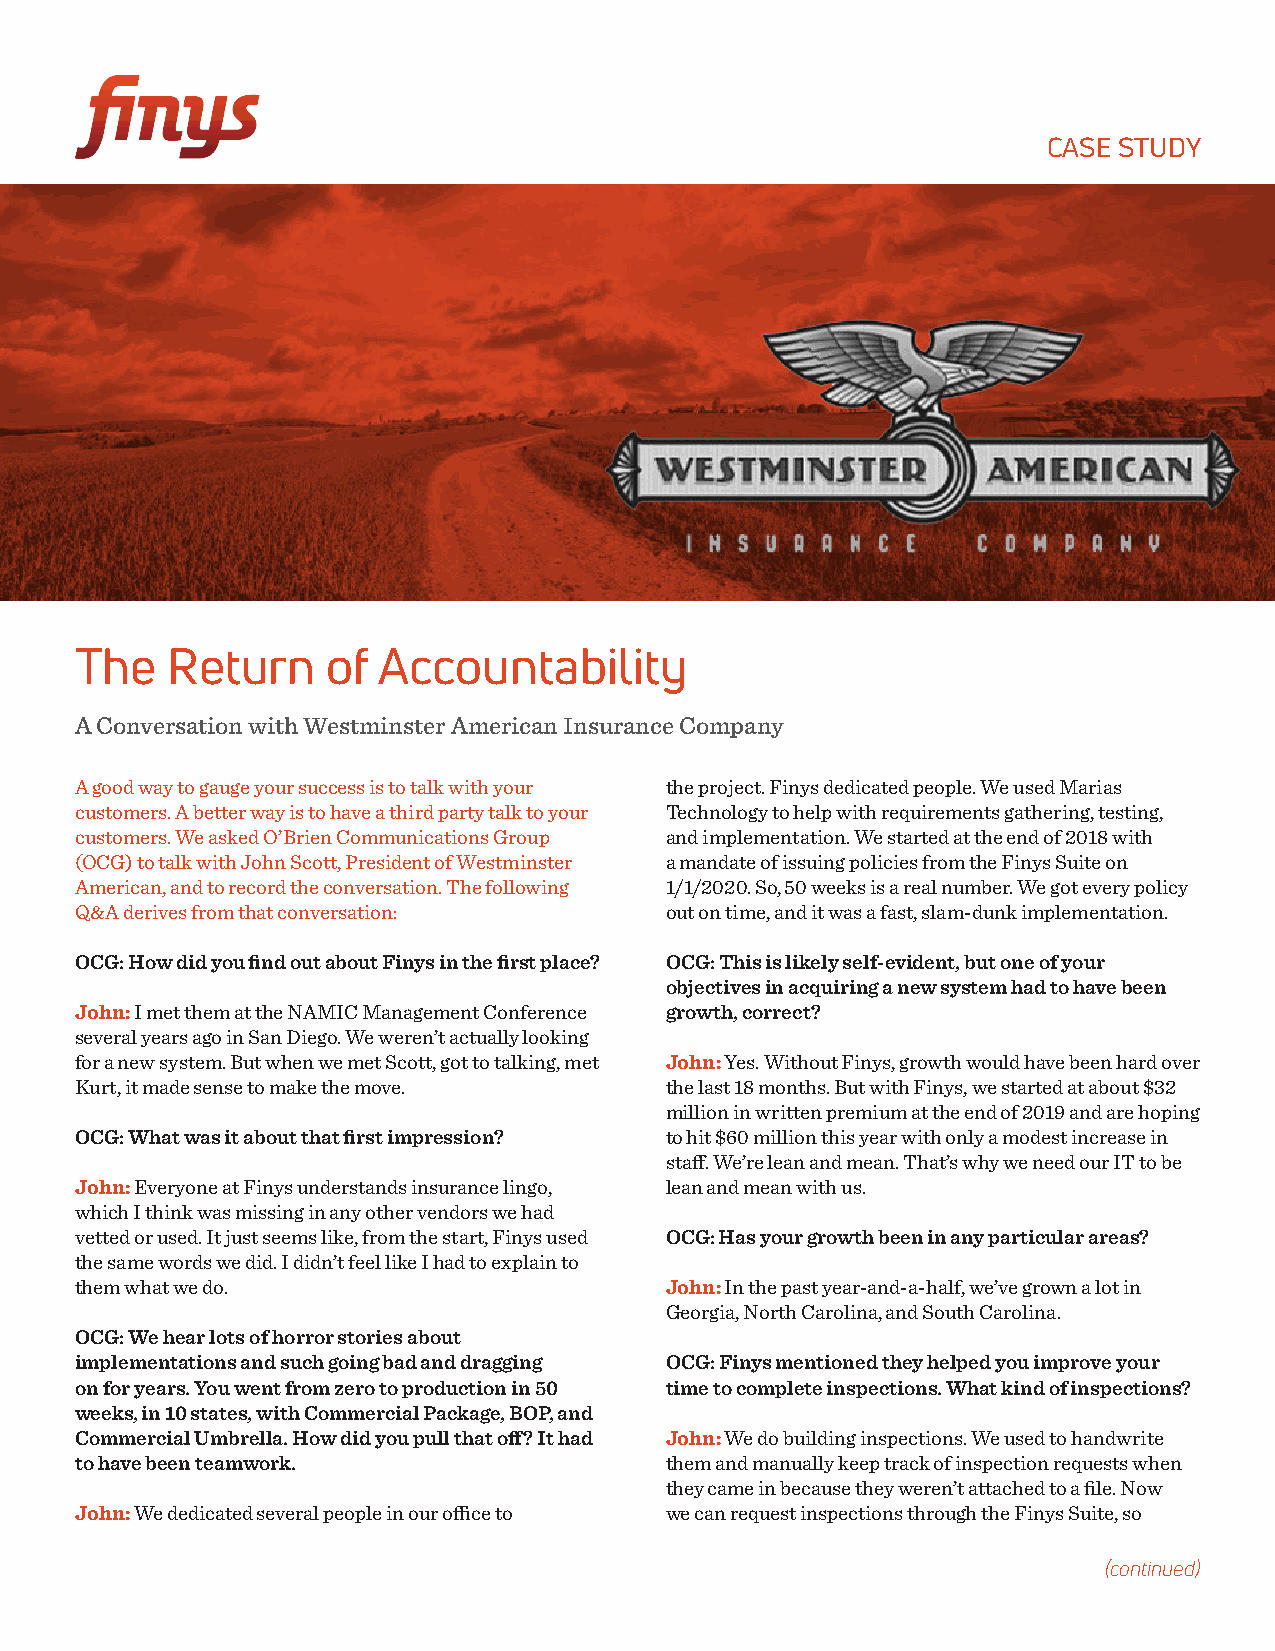
CASE STUDY
 The   Return     of Accountability
 A Conversation with Westminster American Insurance Company
 A good way to gauge your success is to talk with your the project. Finys dedicated people. We used Marias
 customers. A better way is to have a third party talk to your Technology to help with requirements gathering, testing,
 customers. We asked O’Brien Communications Group and implementation. We started at the end of 2018 with
 (OCG) to talk with John Scott, President of Westminster a mandate of issuing policies from the Finys Suite on
 American, and to record the conversation. The following 1/1/2020. So, 50 weeks is a real number. We got every policy
 Q&A derives from that conversation:    out on time, and it was a fast, slam-dunk implementation.
 OCG: How did you find out about Finys in the first place? OCG: This is likely self-evident, but one of your
 objectives in acquiring a new system had to have been
 John: I met them at the NAMIC Management Conference growth, correct?
 several years ago in San Diego. We weren’t actually looking
 for a new system. But when we met Scott, got to talking, met John: Yes. Without Finys, growth would have been hard over
 Kurt, it made sense to make the move.  the last 18 months. But with Finys, we started at about $32
 million in written premium at the end of 2019 and are hoping
 OCG: What was it about that first impression? to hit $60 million this year with only a modest increase in
 staff. We’re lean and mean. That’s why we need our IT to be
 John: Everyone at Finys understands insurance lingo, lean and mean with us.
 which I think was missing in any other vendors we had
 vetted or used. It just seems like, from the start, Finys used OCG: Has your growth been in any particular areas?
 the same words we did. I didn’t feel like I had to explain to
 them what we do.                       John: In the past year-and-a-half, we’ve grown a lot in
 Georgia, North Carolina, and South Carolina.
 OCG: We hear lots of horror stories about
 implementations and such going bad and dragging OCG: Finys mentioned they helped you improve your
 on for years. You went from zero to production in 50 time to complete inspections. What kind of inspections?
 weeks, in 10 states, with Commercial Package, BOP, and
 Commercial Umbrella. How did you pull that off? It had John: We do building inspections. We used to handwrite
 to have been teamwork.                 them and manually keep track of inspection requests when
 they came in because they weren’t attached to a file. Now
 John: We dedicated several people in our office to we can request inspections through the Finys Suite, so
 (continued)